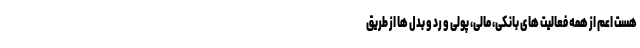
هست اعم از همه فعالیت های بانکی، مالی، پولی و رد و بدل ها از طریق